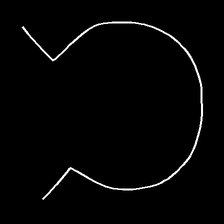
Glyph: weave